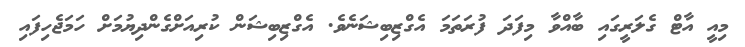
މިއީ އާޓް ގެލަރީގައި ބާއްވާ މިފަދަ ފުރަތަމަ އެގްޒިބިޝަނެވެ. އެގްޒިބިޝަން ކުރިއަށްގެންދިޔުމަށް ހަމަޖެހިފައި